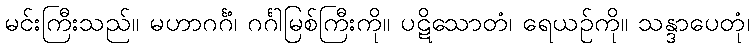
မင်းကြီးသည်။ မဟာဂင်္ဂံ၊ ဂင်္ဂါမြစ်ကြီးကို။ ပဋိသောတံ၊ ရေယဉ်ကို။ သန္ဒာပေတုံ၊